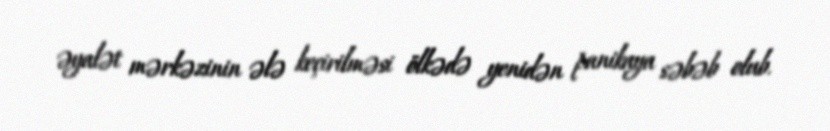
əyalət mərkəzinin ələ keçirilməsi ölkədə yenidən panikaya səbəb olub.